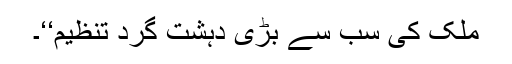
ملک کی سب سے بڑی دہشت گرد تنظیم‘‘۔